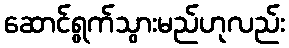
ဆောင်ရွက်သွားမည်ဟုလည်း